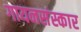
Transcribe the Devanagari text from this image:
गायनसंस्कार